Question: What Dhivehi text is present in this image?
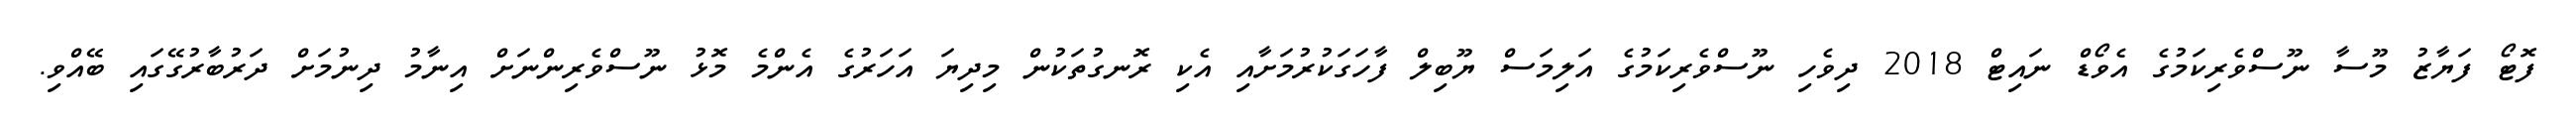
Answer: ފޮޓޯ ފަޔާޒު މޫސާ ނޫސްވެރިކަމުގެ އެވޯޑް ނައިޓް 2018 ދިވެހި ނޫސްވެރިކަމުގެ އަލިމަސް ޔޫބިލް ފާހަގަކުރުމަށާއި އެކި ރޮނގުތަކުން މިދިޔަ އަހަރުގެ އެންމެ މޮޅު ނޫސްވެރިންނަށް އިނާމު ދިނުމަށް ދަރުބާރުގޭގައި ބޭއްވި.